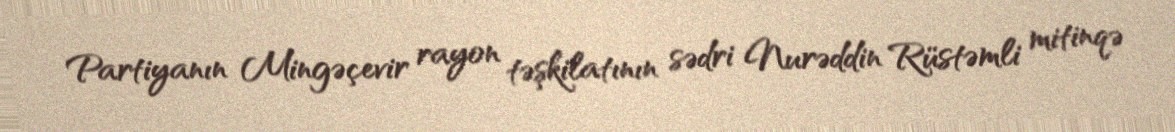
Partiyanın Mingəçevir rayon təşkilatının sədri Nurəddin Rüstəmli mitinqə